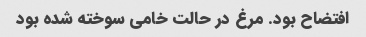
افتضاح بود. مرغ در حالت خامی سوخته شده بود